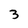
Character: 3